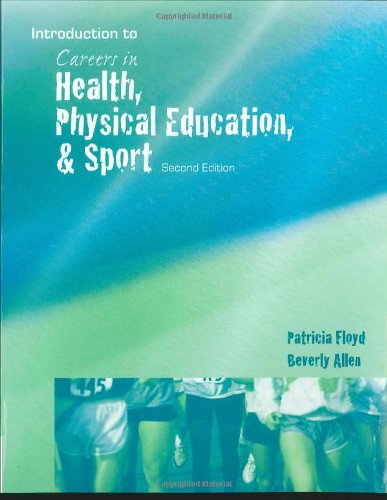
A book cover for Careers in Health, Physical Education, and Sports; Patricia A. Floyd; Medical Books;